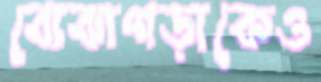
বোঝাপড়াকেও